Annual administration report of the Civil Veterinary Department, Ajmere-Merwara, British Rajputana - 1914-1940
Year: 1914
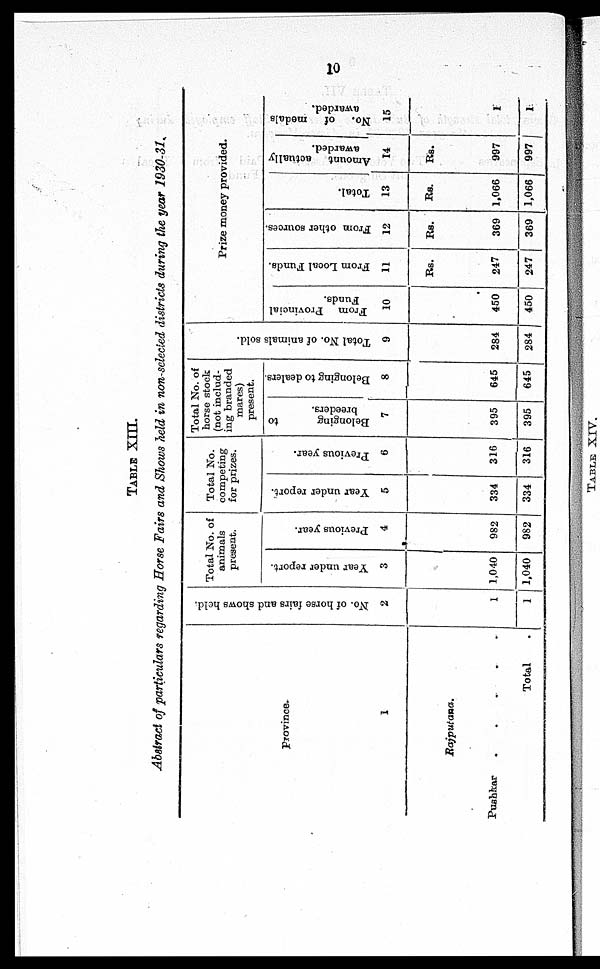
10
TABLE XIII.
Abstract of particulars regarding Horse Fairs and Shows held in non-selected districts during the year 1930-31.
Province.
1
Rajputana.
Pushkar
.
.
.
.
.
Total .
No. of horse fairs and shows held.
2
1
1
Total No. of
animals
present.
Year under report.
3
1,040
1,040
Previous year.
4
982
982
Total No.
competing
for prizes.
Year under report.
5
334
334
Previous year.
6
316
316
Total No. of
horse stock
(not includ-
ing branded
mares)
present.
Belonging
to
breeders.
7
395
395
Belonging to dealers.
8
645
645
Total No. of animals sold.
9
284
284
Prize money provided.
From Provincial
Funds.
10
450
450
From Local Funds.
11
Rs.
247
247
From other sources.
12
Rs.
369
369
Total.
13
Rs.
1,066
1,066
Amount actually
awarded.
14
Rs.
997
997
No. of medals
awarded.
15
1
1